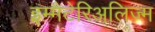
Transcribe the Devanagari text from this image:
इम्मैटेरिअलिज्म